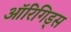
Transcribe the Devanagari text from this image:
ऑरिगिड्स